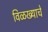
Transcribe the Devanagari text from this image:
विळख्याचे